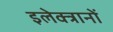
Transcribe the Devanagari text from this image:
इलेक्त्रानों